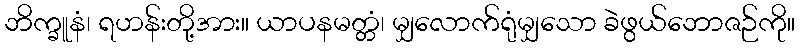
ဘိက္ခူနံ၊ ရဟန်းတို့အား။ ယာပနမတ္တံ၊ မျှလောက်ရုံမျှသော ခဲဖွယ်ဘောဇဉ်ကို။